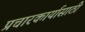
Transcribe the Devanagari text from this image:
प्रचारकार्यासाठी